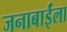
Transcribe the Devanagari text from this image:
जनाबाईंला